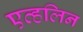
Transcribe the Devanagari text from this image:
एव्हलिन